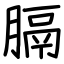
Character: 膈